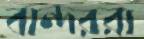
বান্দররা